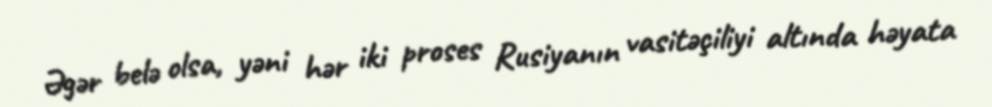
Əgər belə olsa, yəni hər iki proses Rusiyanın vasitəçiliyi altında həyata